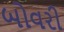
બોવરી